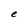
Character: e